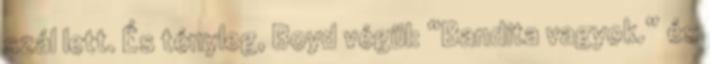
szál lett. És tényleg, Boyd végül: “Bandita vagyok.” és